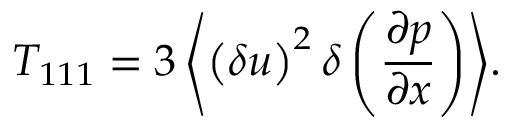
{ T _ { 1 1 1 } = 3 \left\langle { \left( \delta u \right) ^ { 2 } \delta \left( \frac { \partial p } { \partial x } \right) } \right\rangle } .